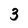
Character: 3